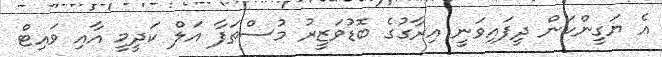
އެ ޔަގީންކަން ދީފައިވަނީ އިރާގުގެ ބޮޑުވަޒީރު މުސްތަފާ އަލް ކަދީމީ އާއި ވައިޓް